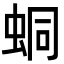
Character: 𧊚